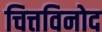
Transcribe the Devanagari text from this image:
चित्तविनोद